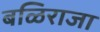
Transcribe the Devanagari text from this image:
बळिराजा